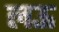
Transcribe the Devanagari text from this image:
लऊ